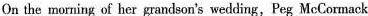
On the morning of her grandson's wedding,Peg McCormack